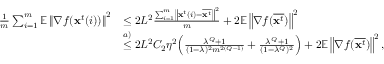
\begin{array} { r l } { \frac { 1 } { m } \sum _ { i = 1 } ^ { m } \mathbb { E } \left\| \nabla f ( \mathbf { x } ^ { t } ( i ) ) \right\| ^ { 2 } } & { \leq 2 L ^ { 2 } \frac { \sum _ { i = 1 } ^ { m } \left\| \mathbf { x } ^ { t } ( i ) - \overline { { \mathbf { x } ^ { t } } } \right\| ^ { 2 } } { m } + 2 \mathbb { E } \left\| \nabla f ( \overline { { \mathbf { x } ^ { t } } } ) \right\| ^ { 2 } } \\ & { \overset { a ) } { \leq } 2 L ^ { 2 } C _ { 2 } \eta ^ { 2 } \Big ( \frac { \lambda ^ { Q } + 1 } { ( 1 - \lambda ) ^ { 2 } m ^ { 2 ( Q - 1 ) } } + \frac { \lambda ^ { Q } + 1 } { ( 1 - \lambda ^ { Q } ) ^ { 2 } } \Big ) + 2 \mathbb { E } \left\| \nabla f ( \overline { { \mathbf { x } ^ { t } } } ) \right\| ^ { 2 } , } \end{array}